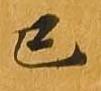
已